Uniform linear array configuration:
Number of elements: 4
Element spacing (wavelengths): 0.75
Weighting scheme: cosine
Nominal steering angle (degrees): -45
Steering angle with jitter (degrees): -44.746
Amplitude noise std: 0.05
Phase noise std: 0.05

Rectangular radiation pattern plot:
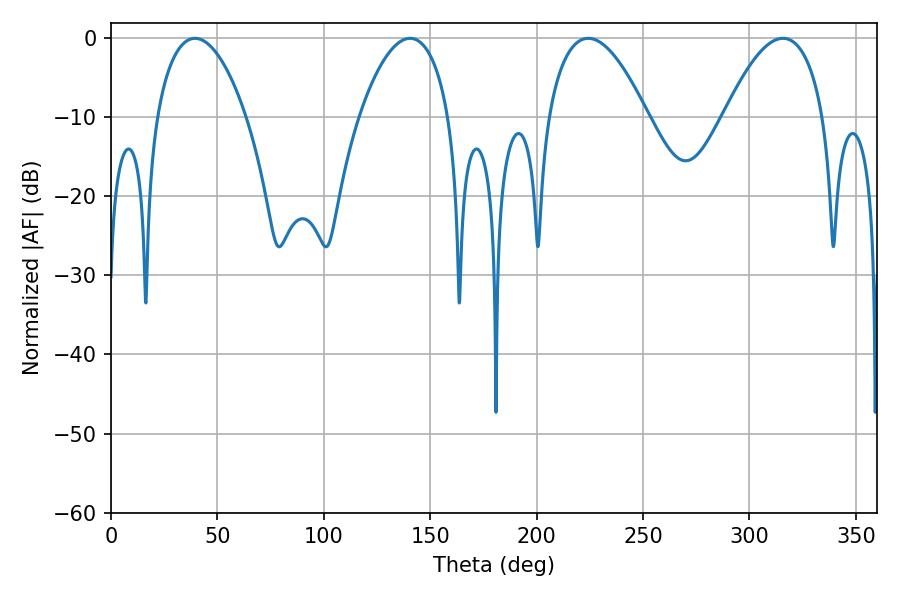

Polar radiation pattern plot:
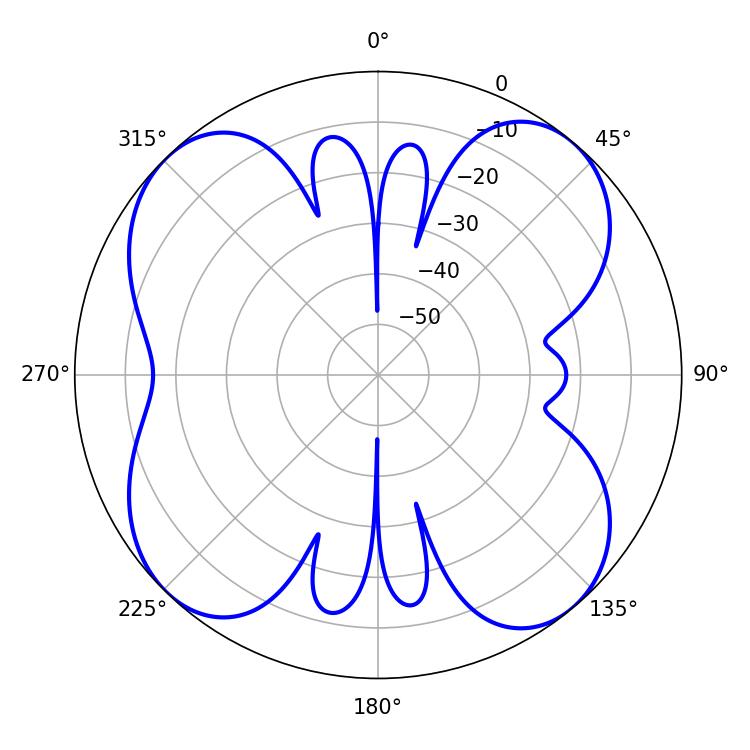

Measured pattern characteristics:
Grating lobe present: TRUE
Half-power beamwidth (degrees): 25.74
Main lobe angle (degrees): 224.28